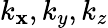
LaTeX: k_{\mathbf{x}},k_{y},k_{z}